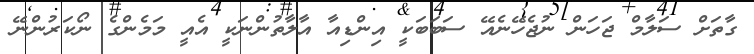
ގާތަށް ސަލާމް ޖަހަން ނުޖެހޭނެއޭ ސަބަބަކީ އިންޑިއާ އާލާތުންނަކީ އެއީ މަމެންގެ ނޯކަރުންނޭ